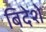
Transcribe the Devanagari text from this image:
बिदेशे